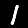
Label: 1